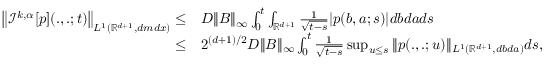
\begin{array} { r l } { \left\| { \mathcal I } ^ { k , \alpha } [ p ] ( . , . ; t ) \right\| _ { L ^ { 1 } ( { \mathbb R } ^ { d + 1 } , d m d x ) } \leq } & { D \| B \| _ { \infty } \int _ { 0 } ^ { t } \int _ { { \mathbb R } ^ { d + 1 } } \frac { 1 } { \sqrt { t - s } } | p ( b , a ; s ) | { d b } d a d s } \\ { \leq } & { 2 ^ { ( d + 1 ) / 2 } D \| B \| _ { \infty } \int _ { 0 } ^ { t } \frac { 1 } { \sqrt { t - s } } \operatorname* { s u p } _ { u \leq s } \| p ( . , . ; u ) \| _ { L ^ { 1 } ( \mathbb { R } ^ { d + 1 } , d b d a ) } d s , } \end{array}